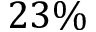
2 3 \%